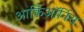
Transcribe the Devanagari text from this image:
आर्किऑर्निस